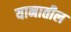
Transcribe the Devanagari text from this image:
यानातील